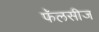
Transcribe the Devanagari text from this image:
फॅलसीज